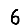
Digit: 6